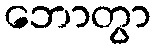
ဘောတွာ